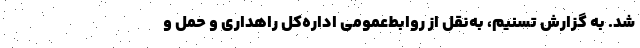
شد. به گزارش تسنیم، به‌نقل از روابط‌عمومی اداره‌کل راهداری و حمل و